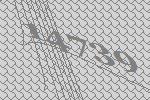
14739